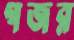
গজর